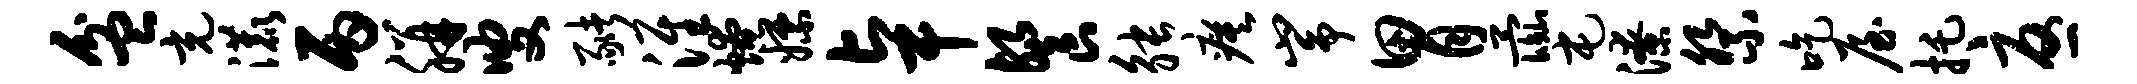
盆充漉丙胼叟猪淮燎嫖卓餐觖瘼峥胃彘屯潦祭吃屋托忧